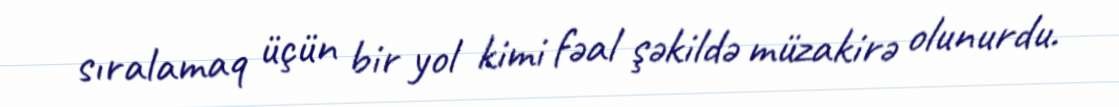
sıralamaq üçün bir yol kimi fəal şəkildə müzakirə olunurdu.